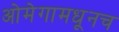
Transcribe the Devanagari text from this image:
ओमेगामधूनच